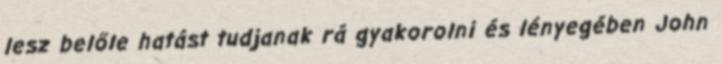
lesz belőle hatást tudjanak rá gyakorolni és lényegében John